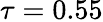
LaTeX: \tau=0.55